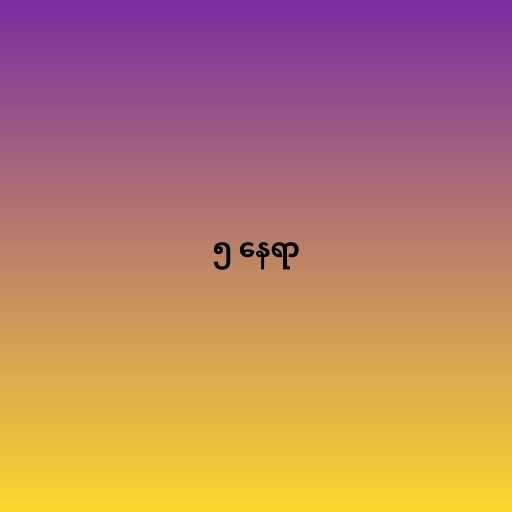
၅ နေရာ